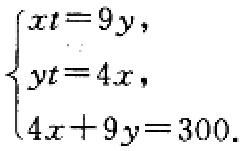
$\begin{cases}

xt = 9y,\\

yt = 4x,\\

4x + 9y = 300.

\end{cases}$